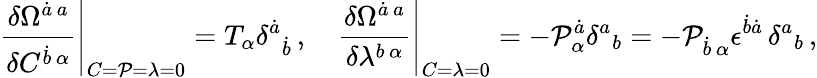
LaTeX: {\left.\frac{\delta\Omega^{\dot{a}\, a}}{\delta C^{\dot{b}\, \alpha}}\right\vert}_{C={\cal P}=\lambda=0}=T_{\alpha}\delta^{\dot{a}}{}_{\dot{b}}\, ,\quad{\left.\frac{\delta\Omega^{\dot{a}\, a}}{\delta\lambda^{b\, \alpha}}\right\vert}_{C=\lambda=0}=-{\cal P}_{\alpha}^{\dot{a}}\delta^{a}{}_{b}=-{\cal P}_{\dot{b}\, \alpha}\epsilon^{\dot{b}\dot{a}}\, \delta^{a}{}_{b}\, ,